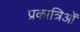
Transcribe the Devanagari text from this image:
प्रकात्रिओं